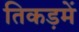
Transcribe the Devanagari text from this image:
तिकड़में